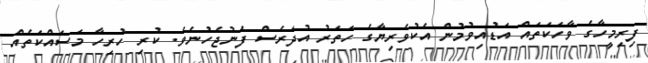
ފިރިމީހާގެ ވާހަކަތައް އަޑުއިވުމުން އެކުވެރިޔާގެ ހަތަރު އުދަރެސް ފެނުޖެހުނެވެ. ކުރި ހުރިހާ މަސައްކަތެއް